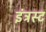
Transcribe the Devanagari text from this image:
इंट्रस्ट